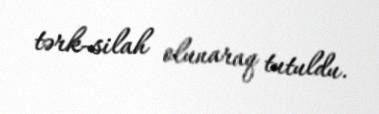
tərk-silah olunaraq tutuldu.